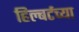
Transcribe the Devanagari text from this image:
हिल्बर्टच्या